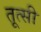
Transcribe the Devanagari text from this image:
तूत्सी